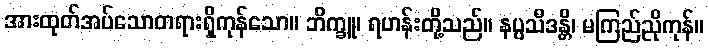
အားထုတ်အပ်သောတရားရှိကုန်သော။ ဘိက္ခူ၊ ရဟန်းတို့သည်။ နပ္ပသီဒန္တိ၊ မကြည်ညိုကုန်။